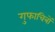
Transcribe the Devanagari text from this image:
गुफाचित्रों